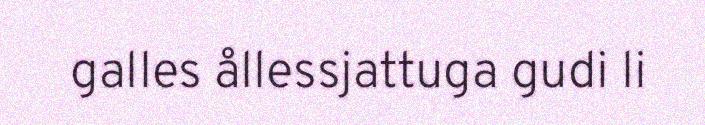
galles ållessjattuga gudi li